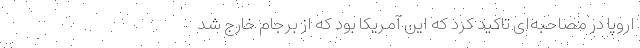
اروپا در مصاحبه‌ای تاکید کرد که این آمریکا بود که از برجام خارج شد